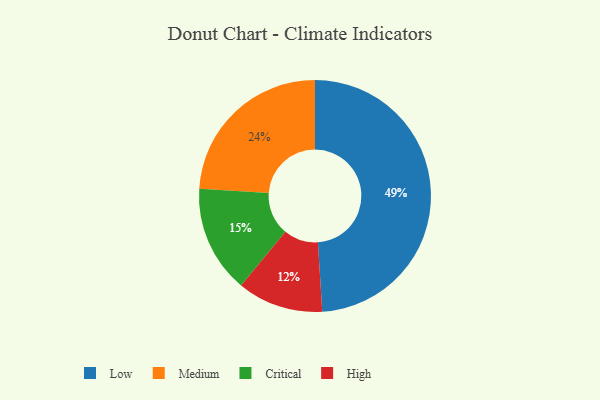
{"axis": {"x": "Category", "y": "Percentage"}, "legend": ["Critical", "High", "Low", "Medium"], "data": [{"x": "High", "y": 12, "type": "High"}, {"x": "Low", "y": 49, "type": "Low"}, {"x": "Critical", "y": 15, "type": "Critical"}, {"x": "Medium", "y": 24, "type": "Medium"}]}